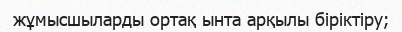
жұмысшыларды ортақ ынта арқылы біріктіру;